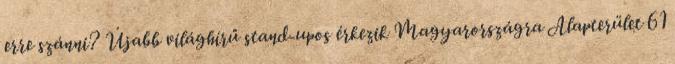
erre szánni? Újabb világhírű stand-upos érkezik Magyarországra Alapterület 61